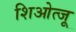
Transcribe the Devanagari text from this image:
शिओत्जू